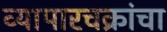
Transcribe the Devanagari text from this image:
व्यापारचक्रांचा